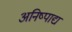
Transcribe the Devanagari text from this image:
अनिष्पाद्य